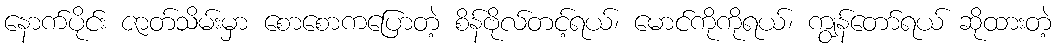
နောက်ပိုင်း ဇာတ်သိမ်းမှာ စောစောကပြောတဲ့ စိန်ဗိုလ်တင့်ရယ်၊ မောင်ကိုကိုရယ်၊ ကျွန်တော်ရယ် ဆိုထားတဲ့